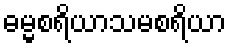
ဓမ္မစရိယာသမစရိယာ